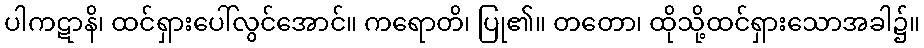
ပါကဋာနိ၊ ထင်ရှားပေါ်လွင်အောင်။ ကရောတိ၊ ပြု၏။ တတော၊ ထိုသို့ထင်ရှားသောအခါ၌။